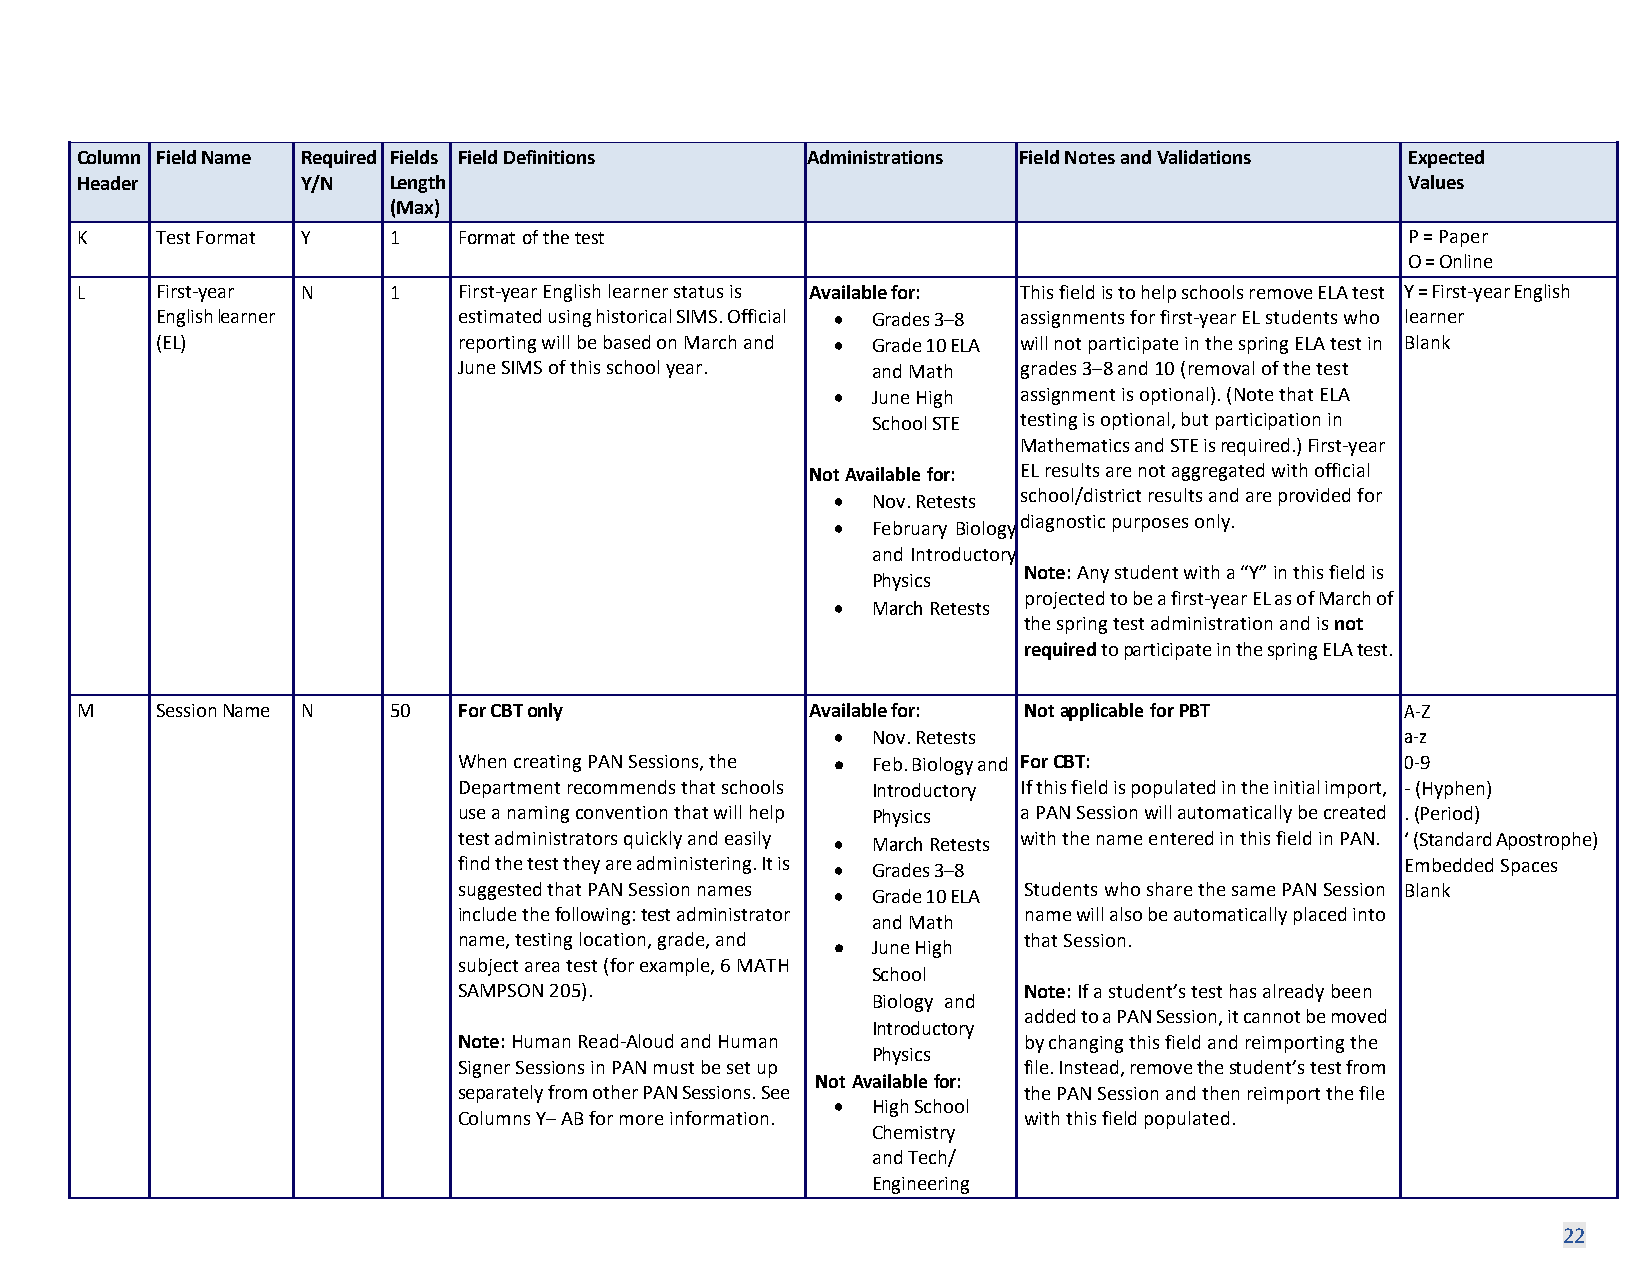
Column Field Name Required Fields Field Definitions Administrations Field Notes and Validations Expected
 Header         Y/N   Length                                                             Values
 (Max)
 K    Test Format Y   1   Format of the test                                             P = Paper
 O = Online
 L    First-year N    1   First-year English learner status is Available for: This field is to help schools remove ELA test Y = First-year English
 English learner     estimated using historical SIMS. Official • Grades 3–8 assignments for first-year EL students who learner
 (EL)                reporting will be based on March and • Grade 10 ELA will not participate in the spring ELA test in Blank
 June SIMS of this school year. and Math grades 3–8 and 10 (removal of the test
 •  June High assignment is optional). (Note that ELA
 School STE testing is optional, but participation in
 Mathematics and STE is required.) First-year
 Not Available for: EL results are not aggregated with official
 •  Nov. Retests school/district results and are provided for
 diagnostic purposes only.
 •  February Biology
 and Introductory
 Note: Any student with a “Y” in this field is
 Physics
 projected to be a first-year EL as of March of
 •  March Retests
 the spring test administration and is not
 required to participate in the spring ELA test.
 M    Session Name N  50  For CBT only            Available for: Not applicable for PBT  A-Z
 •  Nov. Retests                       a-z
 When creating PAN Sessions, the • Feb. Biology and For CBT:    0-9
 Department recommends that schools Introductory If this field is populated in the initial import, -(Hyphen)
 use a naming convention that will help Physics a PAN Session will automatically be created . (Period)
 test administrators quickly and easily • March Retests with the name entered in this field in PAN. ‘ (Standard Apostrophe)
 find the test they are administering. It is • Grades 3–8       Embedded Spaces
 suggested that PAN Session names • Grade 10 ELA Students who share the same PAN Session Blank
 include the following: test administrator name will also be automatically placed into
 and Math
 name, testing location, grade, and • June High that Session.
 subject area test (for example, 6 MATH
 School
 SAMPSON 205).                         Note: If a student’s test has already been
 Biology and
 added to a PAN Session, it cannot be moved
 Introductory
 Note: Human Read-Aloud and Human      by changing this field and reimporting the
 Physics
 Signer Sessions in PAN must be set up file. Instead, remove the student’s test from
 Not Available for:
 separately from other PAN Sessions. See the PAN Session and then reimport the file
 •  High School
 Columns Y– AB for more information.   with this field populated.
 Chemistry
 and Tech/
 Engineering
 22